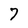
Character: 7